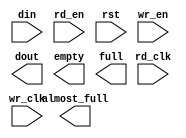
module cpci_pci2net_16x60(
	din,
	rd_clk,
	rd_en,
	rst,
	wr_clk,
	wr_en,
	almost_full,
	dout,
	empty,
	full);


input [59 : 0] din;
input rd_clk;
input rd_en;
input rst;
input wr_clk;
input wr_en;
output almost_full;
output [59 : 0] dout;
output empty;
output full;

// synthesis translate_off

      FIFO_GENERATOR_V4_2 #(
		.C_COMMON_CLOCK(0),
		.C_COUNT_TYPE(0),
		.C_DATA_COUNT_WIDTH(2),
		.C_DEFAULT_VALUE("BlankString"),
		.C_DIN_WIDTH(60),
		.C_DOUT_RST_VAL("0"),
		.C_DOUT_WIDTH(60),
		.C_ENABLE_RLOCS(0),
		.C_FAMILY("virtex"),
		.C_FULL_FLAGS_RST_VAL(1),
		.C_HAS_ALMOST_EMPTY(0),
		.C_HAS_ALMOST_FULL(1),
		.C_HAS_BACKUP(0),
		.C_HAS_DATA_COUNT(0),
		.C_HAS_INT_CLK(0),
		.C_HAS_MEMINIT_FILE(0),
		.C_HAS_OVERFLOW(0),
		.C_HAS_RD_DATA_COUNT(0),
		.C_HAS_RD_RST(0),
		.C_HAS_RST(1),
		.C_HAS_SRST(0),
		.C_HAS_UNDERFLOW(0),
		.C_HAS_VALID(0),
		.C_HAS_WR_ACK(0),
		.C_HAS_WR_DATA_COUNT(0),
		.C_HAS_WR_RST(0),
		.C_IMPLEMENTATION_TYPE(2),
		.C_INIT_WR_PNTR_VAL(0),
		.C_MEMORY_TYPE(1),
		.C_MIF_FILE_NAME("BlankString"),
		.C_OPTIMIZATION_MODE(0),
		.C_OVERFLOW_LOW(0),
		.C_PRELOAD_LATENCY(1),
		.C_PRELOAD_REGS(0),
		.C_PRIM_FIFO_TYPE("512x72"),
		.C_PROG_EMPTY_THRESH_ASSERT_VAL(2),
		.C_PROG_EMPTY_THRESH_NEGATE_VAL(3),
		.C_PROG_EMPTY_TYPE(0),
		.C_PROG_FULL_THRESH_ASSERT_VAL(13),
		.C_PROG_FULL_THRESH_NEGATE_VAL(12),
		.C_PROG_FULL_TYPE(0),
		.C_RD_DATA_COUNT_WIDTH(2),
		.C_RD_DEPTH(16),
		.C_RD_FREQ(1),
		.C_RD_PNTR_WIDTH(4),
		.C_UNDERFLOW_LOW(0),
		.C_USE_DOUT_RST(1),
		.C_USE_ECC(0),
		.C_USE_EMBEDDED_REG(0),
		.C_USE_FIFO16_FLAGS(0),
		.C_USE_FWFT_DATA_COUNT(0),
		.C_VALID_LOW(0),
		.C_WR_ACK_LOW(0),
		.C_WR_DATA_COUNT_WIDTH(2),
		.C_WR_DEPTH(16),
		.C_WR_FREQ(1),
		.C_WR_PNTR_WIDTH(4),
		.C_WR_RESPONSE_LATENCY(1))
	inst (
		.DIN(din),
		.RD_CLK(rd_clk),
		.RD_EN(rd_en),
		.RST(rst),
		.WR_CLK(wr_clk),
		.WR_EN(wr_en),
		.ALMOST_FULL(almost_full),
		.DOUT(dout),
		.EMPTY(empty),
		.FULL(full),
		.CLK(),
		.INT_CLK(),
		.BACKUP(),
		.BACKUP_MARKER(),
		.PROG_EMPTY_THRESH(),
		.PROG_EMPTY_THRESH_ASSERT(),
		.PROG_EMPTY_THRESH_NEGATE(),
		.PROG_FULL_THRESH(),
		.PROG_FULL_THRESH_ASSERT(),
		.PROG_FULL_THRESH_NEGATE(),
		.RD_RST(),
		.SRST(),
		.WR_RST(),
		.ALMOST_EMPTY(),
		.DATA_COUNT(),
		.OVERFLOW(),
		.PROG_EMPTY(),
		.PROG_FULL(),
		.VALID(),
		.RD_DATA_COUNT(),
		.UNDERFLOW(),
		.WR_ACK(),
		.WR_DATA_COUNT(),
		.SBITERR(),
		.DBITERR());


// synthesis translate_on

// XST black box declaration
// box_type "black_box"
// synthesis attribute box_type of cpci_pci2net_16x60 is "black_box"

endmodule